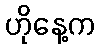
ဟိုနေ့က